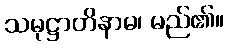
သမုဋ္ဌာတိနာမ၊ မည်၏။